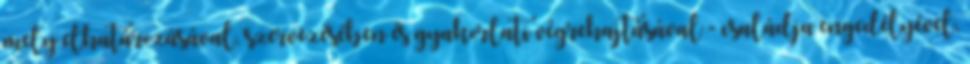
mely elhatározásával, szervezésében és gyakorlati végrehajtásával - családja engedélyével,